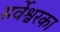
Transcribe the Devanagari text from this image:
सर्वेश्वरका